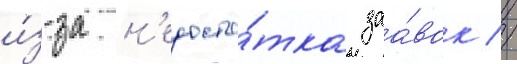
и́з-за н'едоста́тка заа́вок //